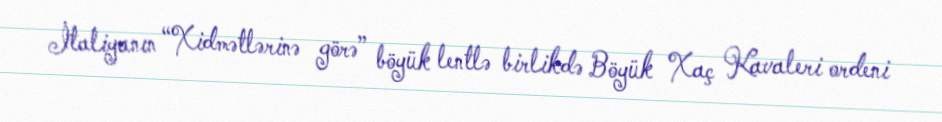
İtaliyanın “Xidmətlərinə görə” böyük lentlə birlikdə Böyük Xaç Kavaleri ordeni